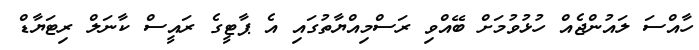
ހާއްސަ ލައުންޖެއް ހުޅުވުމަށް ބޭއްވި ރަސްމިއްޔާތުގައި އެ ޕާޓީގެ ރައީސް ކާނަލް ރިޓަޔާޑް